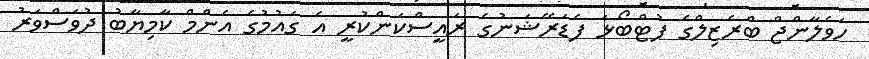
ހަވެލާންޖް ބްރެޒިލްގެ ފުޓްބޯޅަ ފެޑަރޭޝަނުގެ ރައީސްކަންކުރީ އެ ގައުމުގެ އެންމް ކާމިޔާބު ދުވަސްވަރު